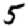
Digit: 5